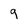
Character: 9